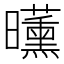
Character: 𣌕